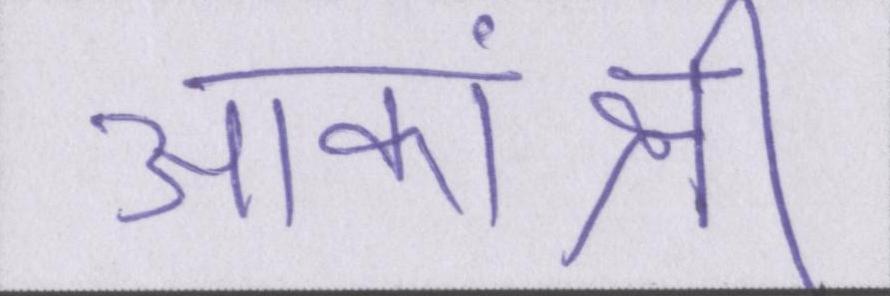
आकांक्षी